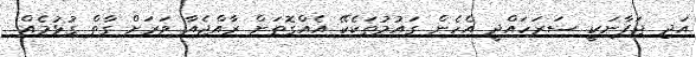
އަދި ޖަޕާނަކީ ސަރަހައްދީ އެހެން ގައުމުތަކެކޭ އެއްގޮތަށް ރާއްޖެއާ ވަރަށް ގާތް ގުޅުމެއް